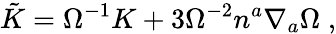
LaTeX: \tilde{K}=\Omega^{-1}K+3\Omega^{-2}n^{a}\nabla_{a}\Omega\; ,